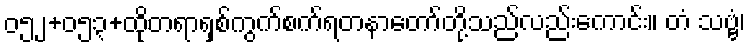
၀၅၂+၀၅၃+ထိုတရာရှစ်ကွက်စက်ရတနာတော်တို့သည်လည်းကောင်း။ တံ သဗ္ဗံ၊